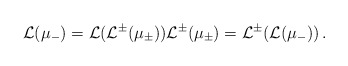
\begin{align*}\cal L(\mu_\Gamma) = \cal L(L^\Sigma(\mu_\Sigma)) L^\Sigma(\mu_\Sigma) = L^\Sigma(\cal L(\mu_\Gamma)) \, .\end{align*}